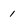
Character: 1